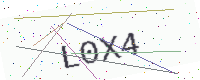
Text: L0X4